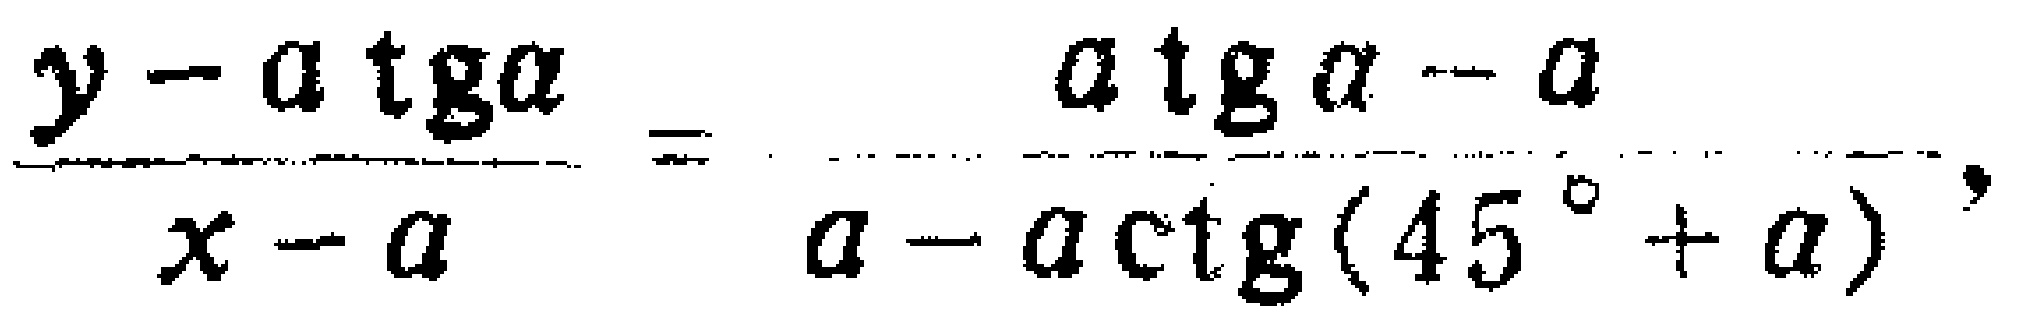
\(\frac{y - a\operatorname{tga}}{x - a}=\frac{a\operatorname{tga}-a}{a - a\operatorname{ctg}(45^{\circ}+a)}\)